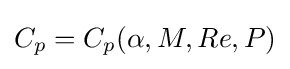
C_{p}=C_{p}(\alpha ,M,Re,P)